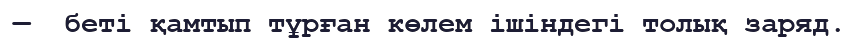
—  беті қамтып тұрған көлем ішіндегі толық заряд.